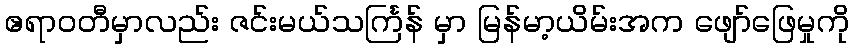
ဧရာဝတီမှာလည်း ဇင်းမယ်သင်္ကြန် မှာ မြန်မာ့ယိမ်းအက ဖျော်ဖြေမှုကို